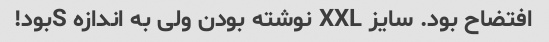
افتضاح بود. سایز XXL نوشته بودن ولی به اندازه Sبود!